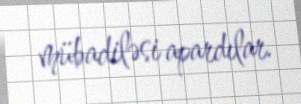
mübadiləsi apardılar.